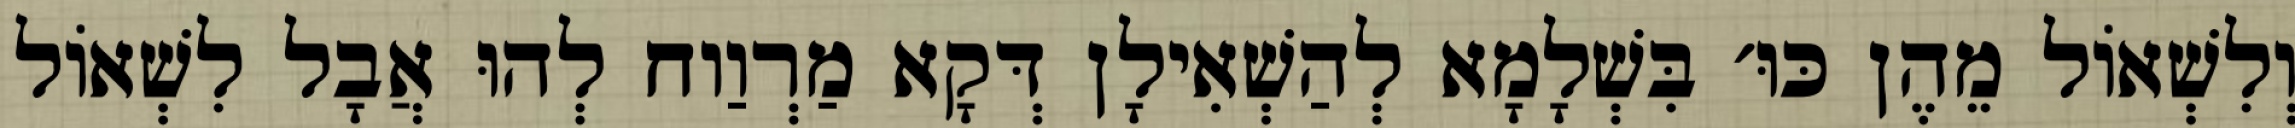
וְלִשְׁאוֹל מֵהֶן כּוּ׳ בִּשְׁלָמָא לְהַשְׁאִילָן דְּקָא מַרְוַוח לְהוּ אֲבָל לִשְׁאוֹל